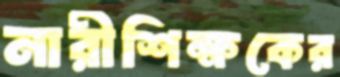
নারীশিক্ষকের